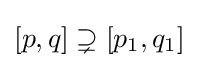
[p,q]\supsetneq [p_{1},q_{1}]